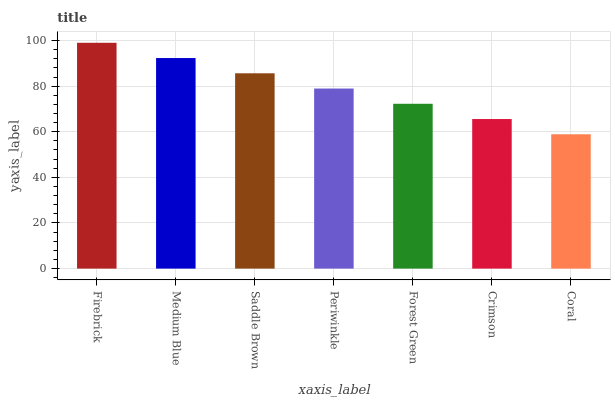
| xaxis_label | bars |
 | --- | --- |
 | Firebrick | 99 |
 | Medium Blue | 92.3 |
 | Saddle Brown | 85.6 |
 | Periwinkle | 78.9 |
 | Forest Green | 72.3 |
 | Crimson | 65.6 |
 | Coral | 58.9 |